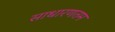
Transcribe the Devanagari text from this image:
साधारणतम